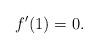
LaTeX: \begin{align*}f^{\prime}(1)=0. \end{align*}